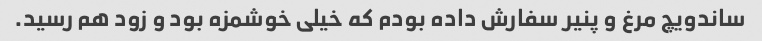
ساندویچ مرغ و پنیر سفارش داده بودم که خیلی خوشمزه بود و زود هم رسید.